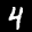
Label: 4